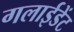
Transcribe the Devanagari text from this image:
गलाईडेंट